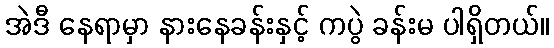
အဲဒီ နေရာမှာ နားနေခန်းနှင့် ကပွဲ ခန်းမ ပါရှိတယ်။